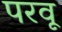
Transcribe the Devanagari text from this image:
परवू